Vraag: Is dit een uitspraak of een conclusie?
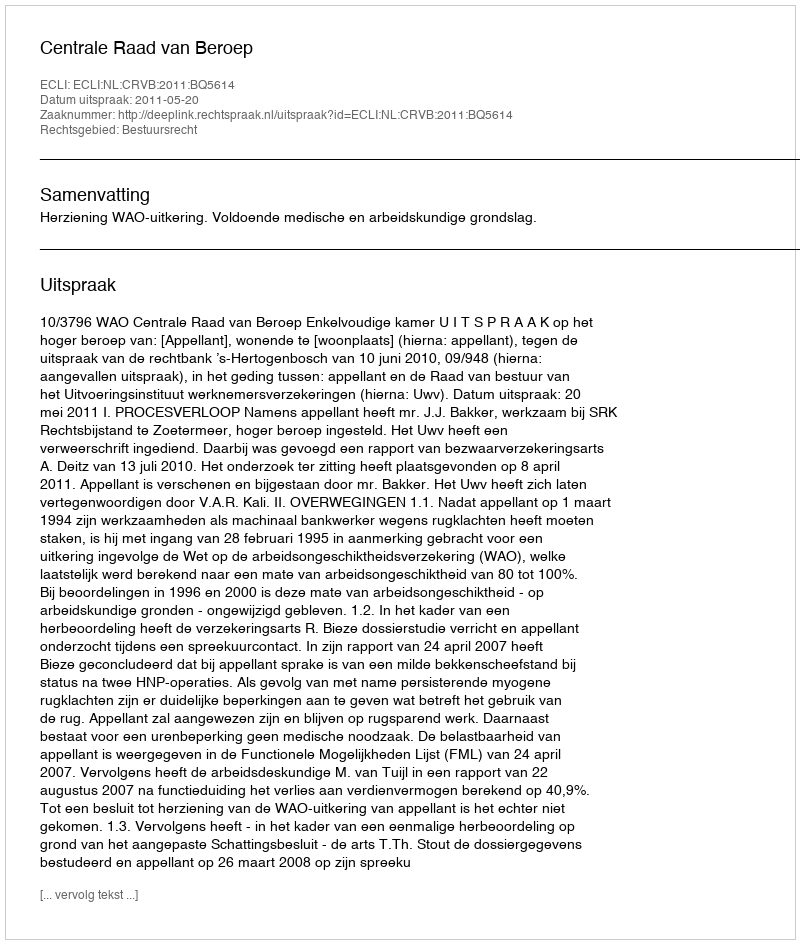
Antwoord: Uitspraak